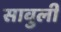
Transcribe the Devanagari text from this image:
सावुली